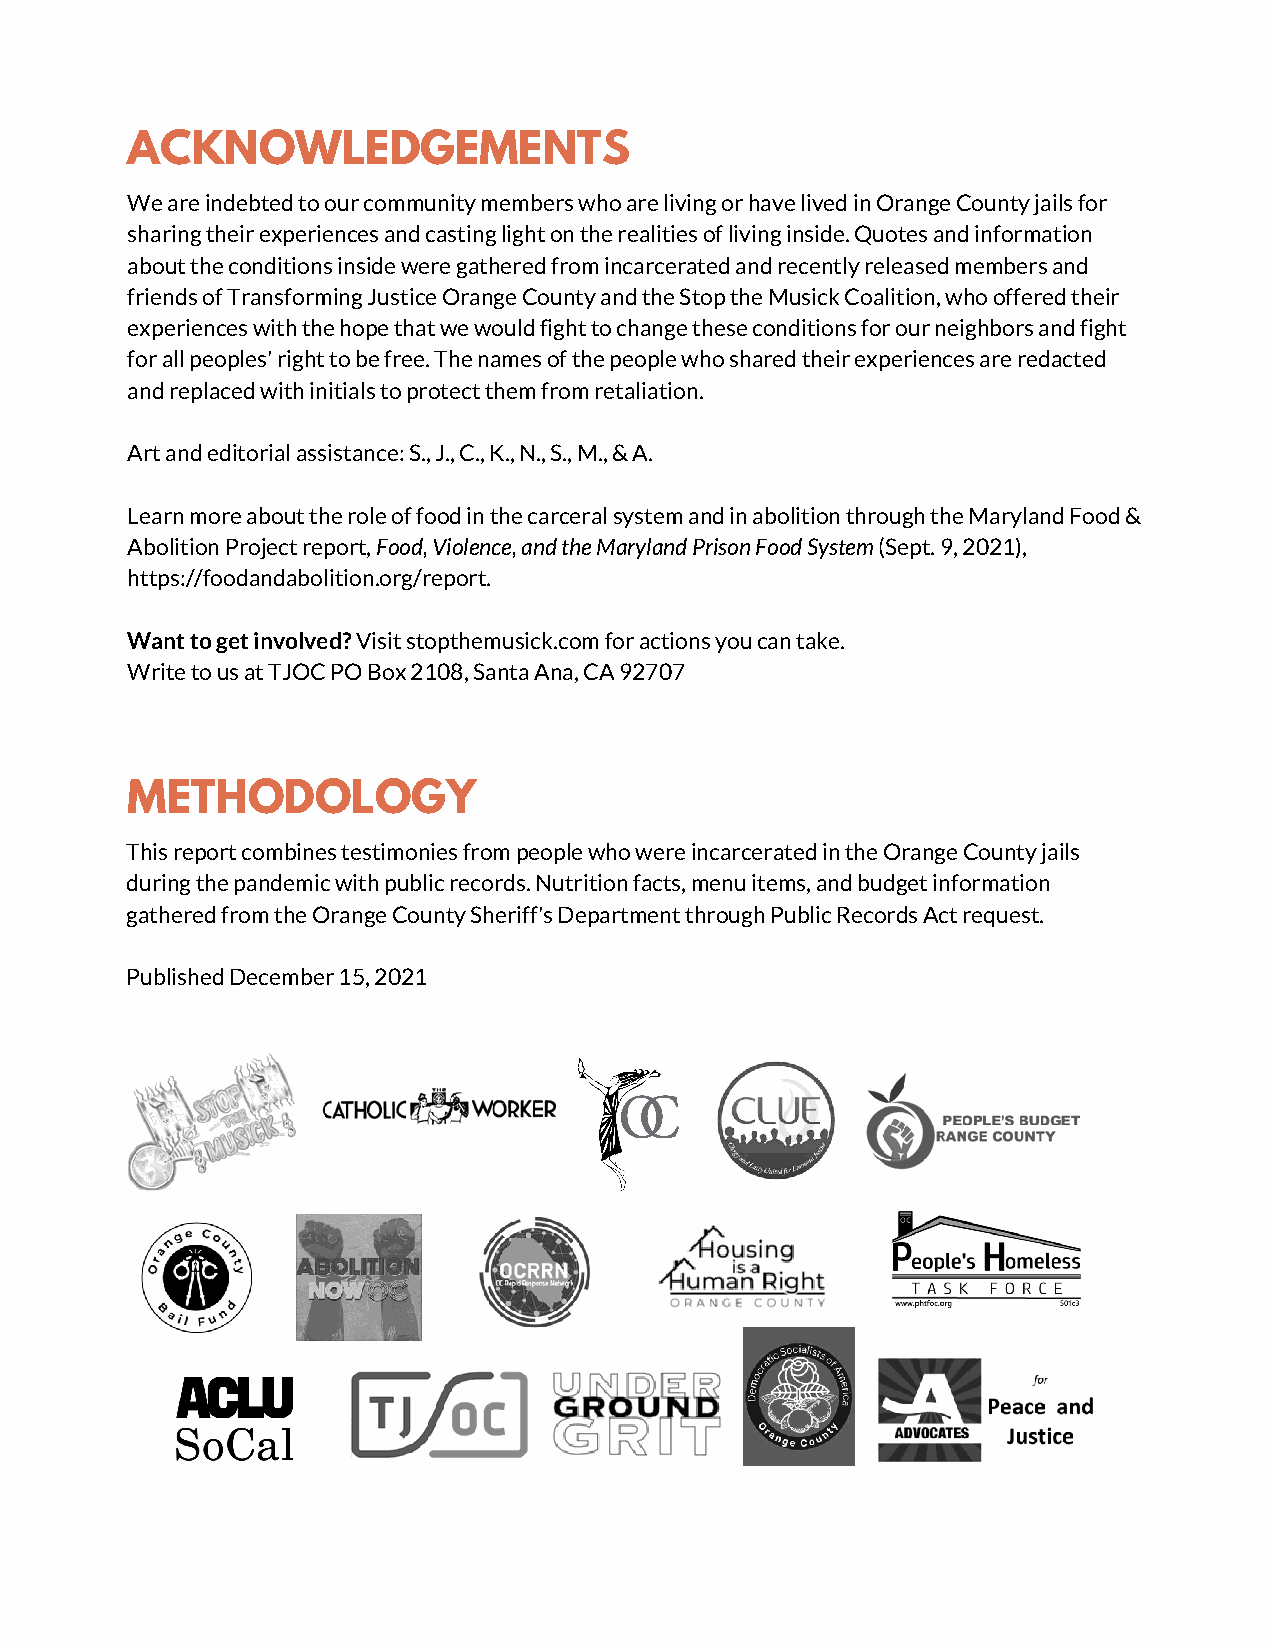
ACKNOWLEDGEMENTS
 We are indebted to our community members who are living or have lived in Orange County jails for
 sharing their experiences and casting light on the realities of living inside. Quotes and information
 about the conditions inside were gathered from incarcerated and recently released members and
 friends of Transforming Justice Orange County and the Stop the Musick Coalition, who offered their
 experiences with the hope that we would fight to change these conditions for our neighbors and fight
 for all peoples' right to be free. The names of the people who shared their experiences are redacted
 and replaced with initials to protect them from retaliation.
 Art and editorial assistance: S., J., C., K., N., S., M., & A.
 Learn more about the role of food in the carceral system and in abolition through the Maryland Food &
 Abolition Project report, Food, Violence, and the Maryland Prison Food System (Sept. 9, 2021),
 https://foodandabolition.org/report.
 Want to get involved? Visit stopthemusick.com for actions you can take.
 Write to us at TJOC PO Box 2108, Santa Ana, CA 92707
 METHODOLOGY
 This report combines testimonies from people who were incarcerated in the Orange County jails
 during the pandemic with public records. Nutrition facts, menu items, and budget information
 gathered from the Orange County Sheriff's Department through Public Records Act request.
 Published December 15, 2021